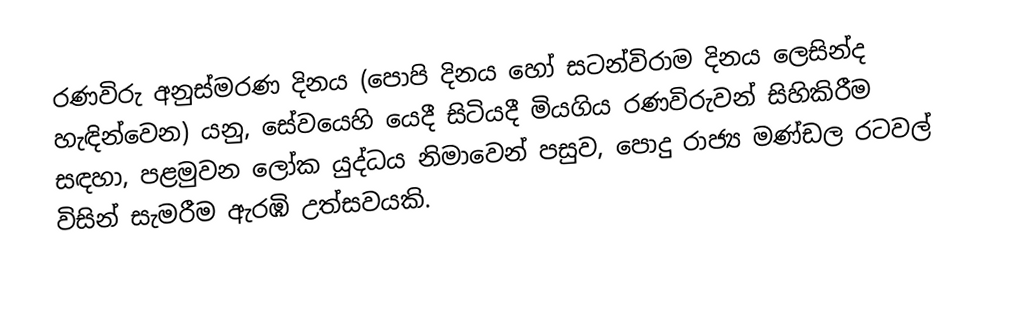
රණවිරු අනුස්මරණ දිනය (පොපි දිනය හෝ සටන්විරාම දිනය ලෙසින්ද හැඳින්වෙන) යනු, සේවයෙහි යෙදී සිටියදී මියගිය රණවිරුවන් සිහිකිරීම සඳහා,  පළමුවන ලෝක යුද්ධය නිමාවෙන් පසුව,  පොදු රාජ්‍ය මණ්ඩල රටවල් විසින් සැමරීම ඇරඹි උත්සවයකි.